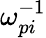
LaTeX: \omega_{pi}^{-1}